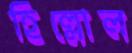
হিল্লোল